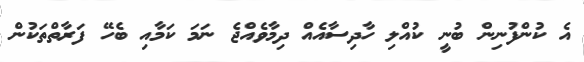
އެ ކުންފުނިން ބުނީ ކުއްލި ހާދިސާއެއް ދިމާވެއްޖެ ނަމަ ކަމާއި ބެހޭ ފަރާތްތަކުން